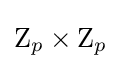
\mathrm {Z} _{p}\times \mathrm {Z} _{p}